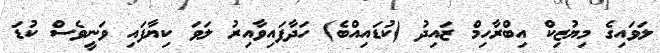
ލަވައިގެ މިޔުޒިކް އިބްރާހިމް ޒައިދު (ކުޑައިއްބެ) ހަދާފައިވާއިރު ލަވަ ކިޔާފައި ވަނީވެސް ކުޑަ